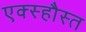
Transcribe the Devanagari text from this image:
एक्स्हौस्त